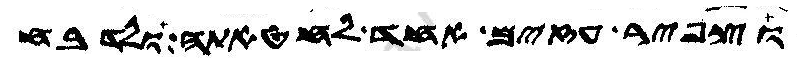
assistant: וצפיר עזים אחד לחטאתה ולדבח